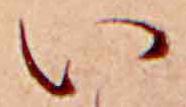
い